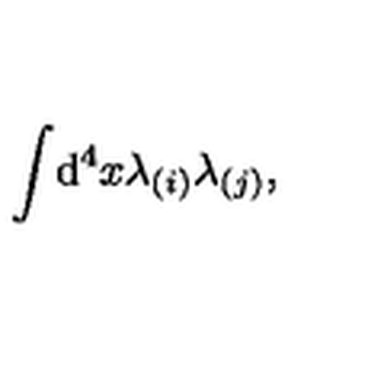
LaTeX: \int \! \mathrm { d } ^ { 4 } x \lambda _ { ( i ) } \lambda _ { ( j ) } ,